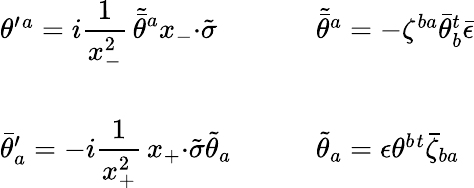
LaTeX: \begin{array}{ll}{{\theta^{\prime}{}^{a}=i\displaystyle{\frac{1}{x_{-}^{2}}\, \tilde{\bar{\theta}}{}^{a}x_{-}{\cdot\tilde{\sigma}}}~~~~}}&{{~~~~\tilde{\bar{\theta}}{}^{a}=-\zeta^{ba}\bar{\theta}_{b}^{t}\bar{\epsilon}}}\\ {{{}}}&{{{}}}\\ {{\bar{\theta}_{a}^{\prime}=-i\displaystyle{\frac{1}{x_{+}^{2}}\, x_{+}{\cdot\tilde{\sigma}}\tilde{\theta}_{a}}~~~~}}&{{~~~~\tilde{\theta}_{a}=\epsilon\theta^{b}{}^{t}\bar{\zeta}_{ba}}}\end{array}